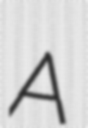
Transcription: A